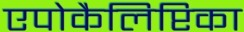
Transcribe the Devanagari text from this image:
एपोकैलिप्टिका